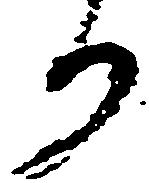
か